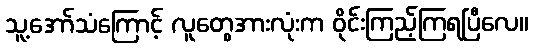
သူ့အော်သံကြောင့် လူတွေအားလုံးက ဝိုင်းကြည့်ကြရပြီလေ။